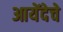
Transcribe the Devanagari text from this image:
आयेंदेचे